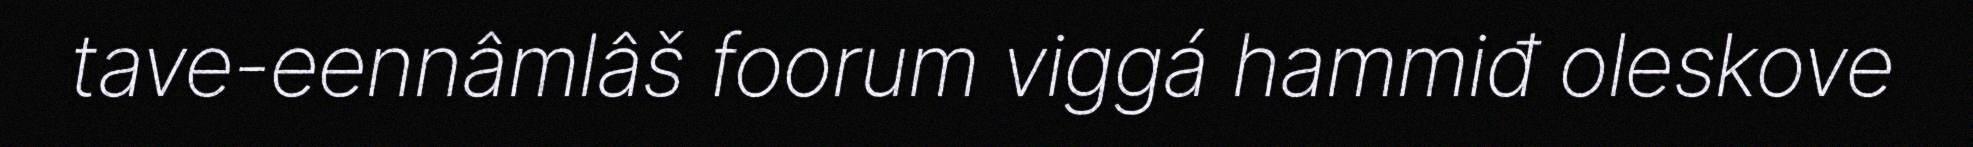
tave-eennâmlâš foorum viggá hammiđ oleskove